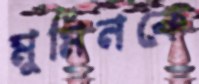
মুমিনকে